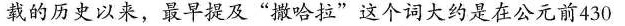
载的历史以来，最早提及”撒哈拉”这个词大约是在公元前430